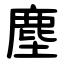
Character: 塵